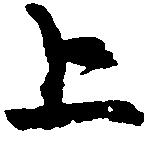
上